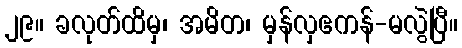
၂၉။ ခလုတ်ထိမှ၊ အမိတ၊ မှန်လှဧကန်-မလွဲပြီ။